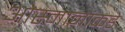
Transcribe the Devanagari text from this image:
ओस्मानांकडे